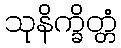
သုနိက္ခိတ္တံ